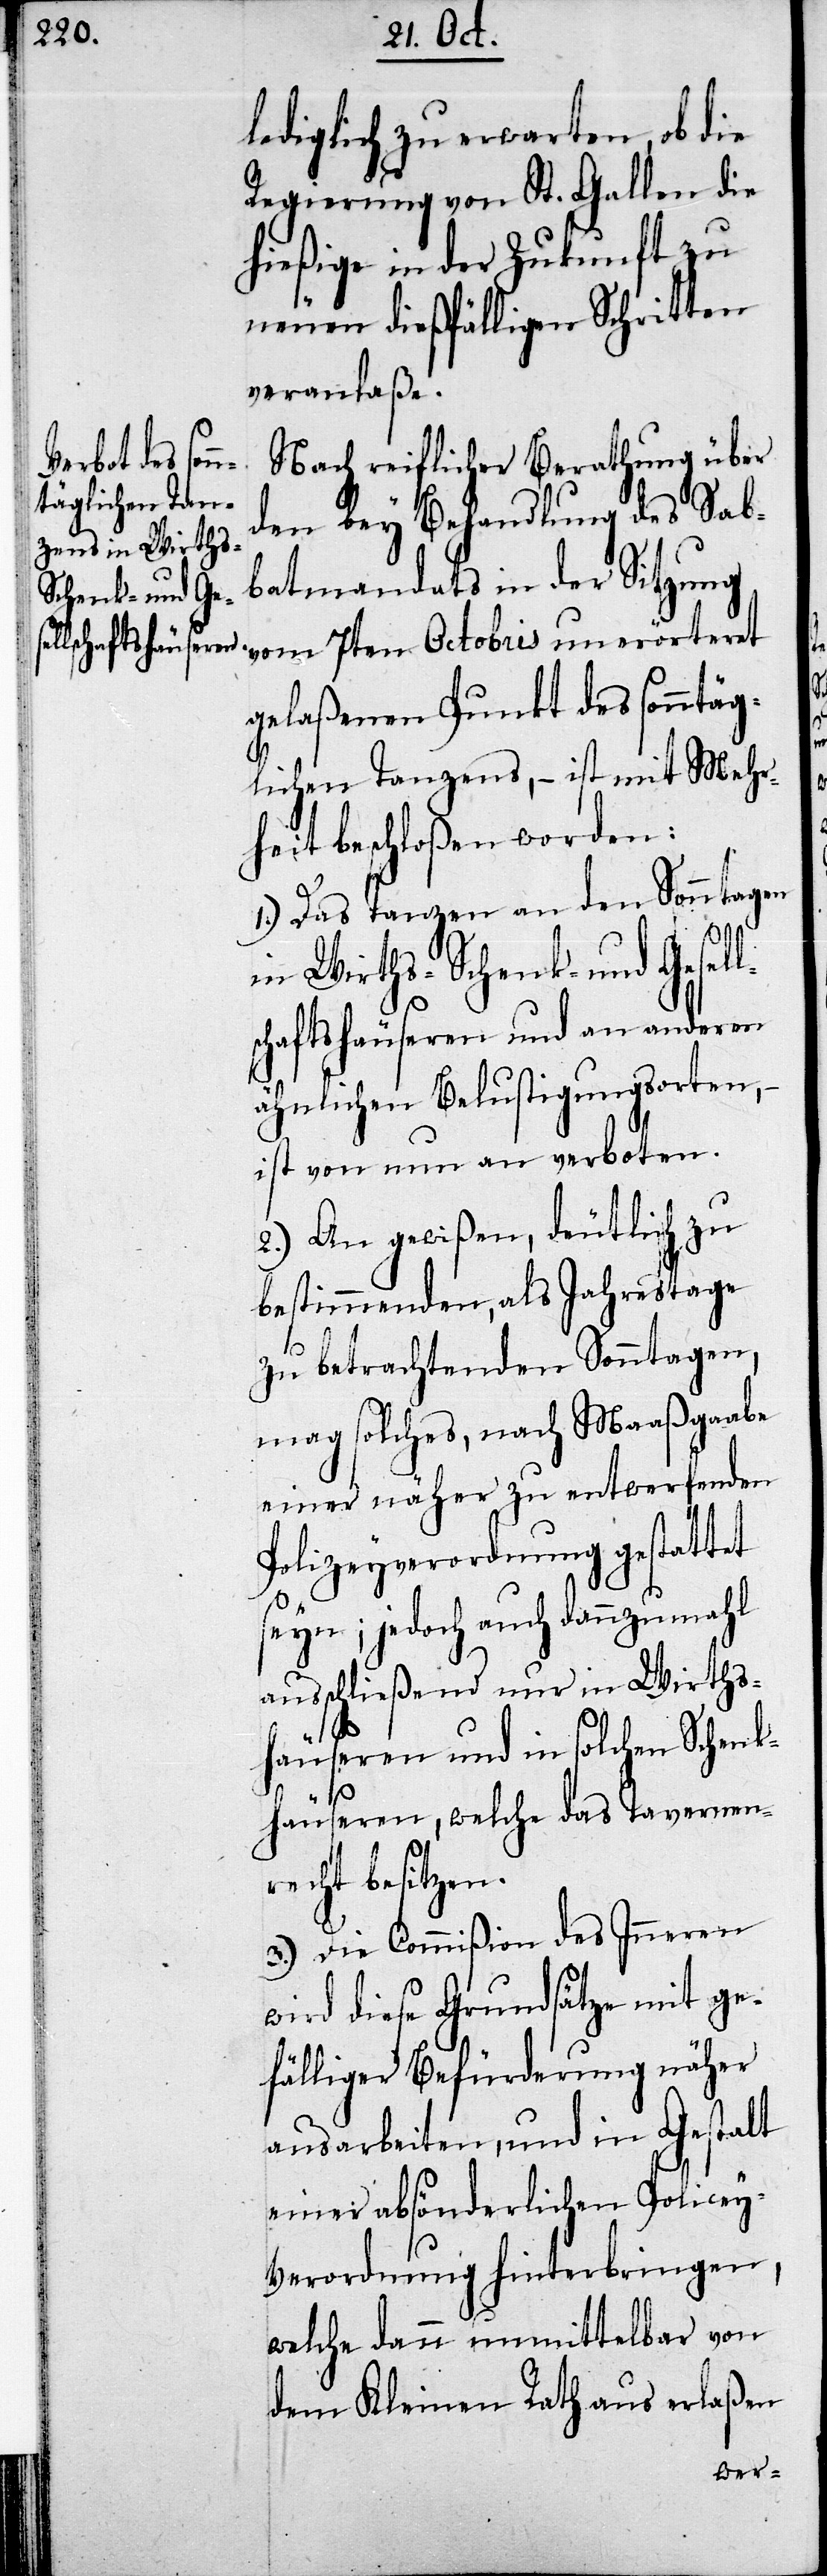
lediglich zu warten, ob die
Regierung von St. Gallen die
hießige in der Zukunft zu
neuen dießfälligen Schritten
veranlaßt.
Nach reiflicher Berathung über
den bey Behandlung des Sab¬
batmandats in der Sitzung
vom 7ten Octobris unerörtert
gelaßenen Punkt des sonntäg¬
lichen Tanzens, – ist mit Mehr¬
heit beschloßen worden:
1.) Das Tanzen an den Sonntagen
in Wirths- Schenk- und Gesell¬
schaftshäuseren und an anderen
ähnlichen Belustigungen,
ist von nun an verboten.
2.) An gewißen, deutlich zu
bestimmenden, als Jahrestage
zu betrachtenden Sonntagen,
mag solches, nach Maaßgaabe
einer näher zu entwerfenden
Polizeyverordnung gestattet
seyn; jedoch auch dannzumahl
ausschließend nur in Wirths¬
häuseren und in solchen Schenk¬
häuseren, welche das Tavernen¬
recht besitzen.
3.) Die Commißion des Inneren
wird diese Grundsätze mit ge¬
fälliger Befürderung näher
ausarbeiten, und in Gestalt
einer absönderlichen Polizey-V¬
erordnung hinterbringen,
welche dann unmittelbar von
dem Kleinen Rath aus erlaßen